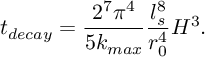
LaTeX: t _ { d e c a y } = \frac { 2 ^ { 7 } \pi ^ { 4 } } { 5 k _ { m a x } } \frac { l _ { s } ^ { 8 } } { r _ { 0 } ^ { 4 } } H ^ { 3 } .